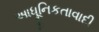
આધૂનિકતાવાદી